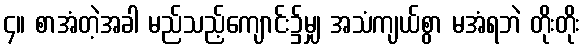
၄။ စာအံတဲ့အခါ မည်သည့်ကျောင်း၌မျှ အသံကျယ်စွာ မအံရဘဲ တိုးတိုး